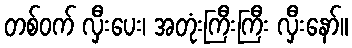
တစ်ဝက် လှီးပေး၊ အတုံးကြီးကြီး လှီးနော်။